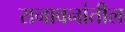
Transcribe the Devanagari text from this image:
रानावनांतील